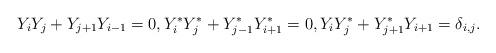
LaTeX: \begin{align*}Y_iY_j+Y_{j+1}Y_{i-1}=0,Y^*_iY^*_j+Y^*_{j-1}Y^*_{i+1}=0,Y_iY^*_j+Y^*_{j+1}Y_{i+1}=\delta_{i,j}.\end{align*}